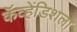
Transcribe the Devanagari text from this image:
कॅव्हेंडिशला